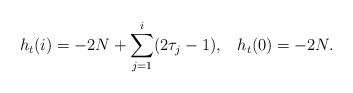
\begin{align*} h_t(i) = -2N+ \sum_{j=1}^i (2\tau_j-1), \;\;\; h_t(0)=-2N. \end{align*}